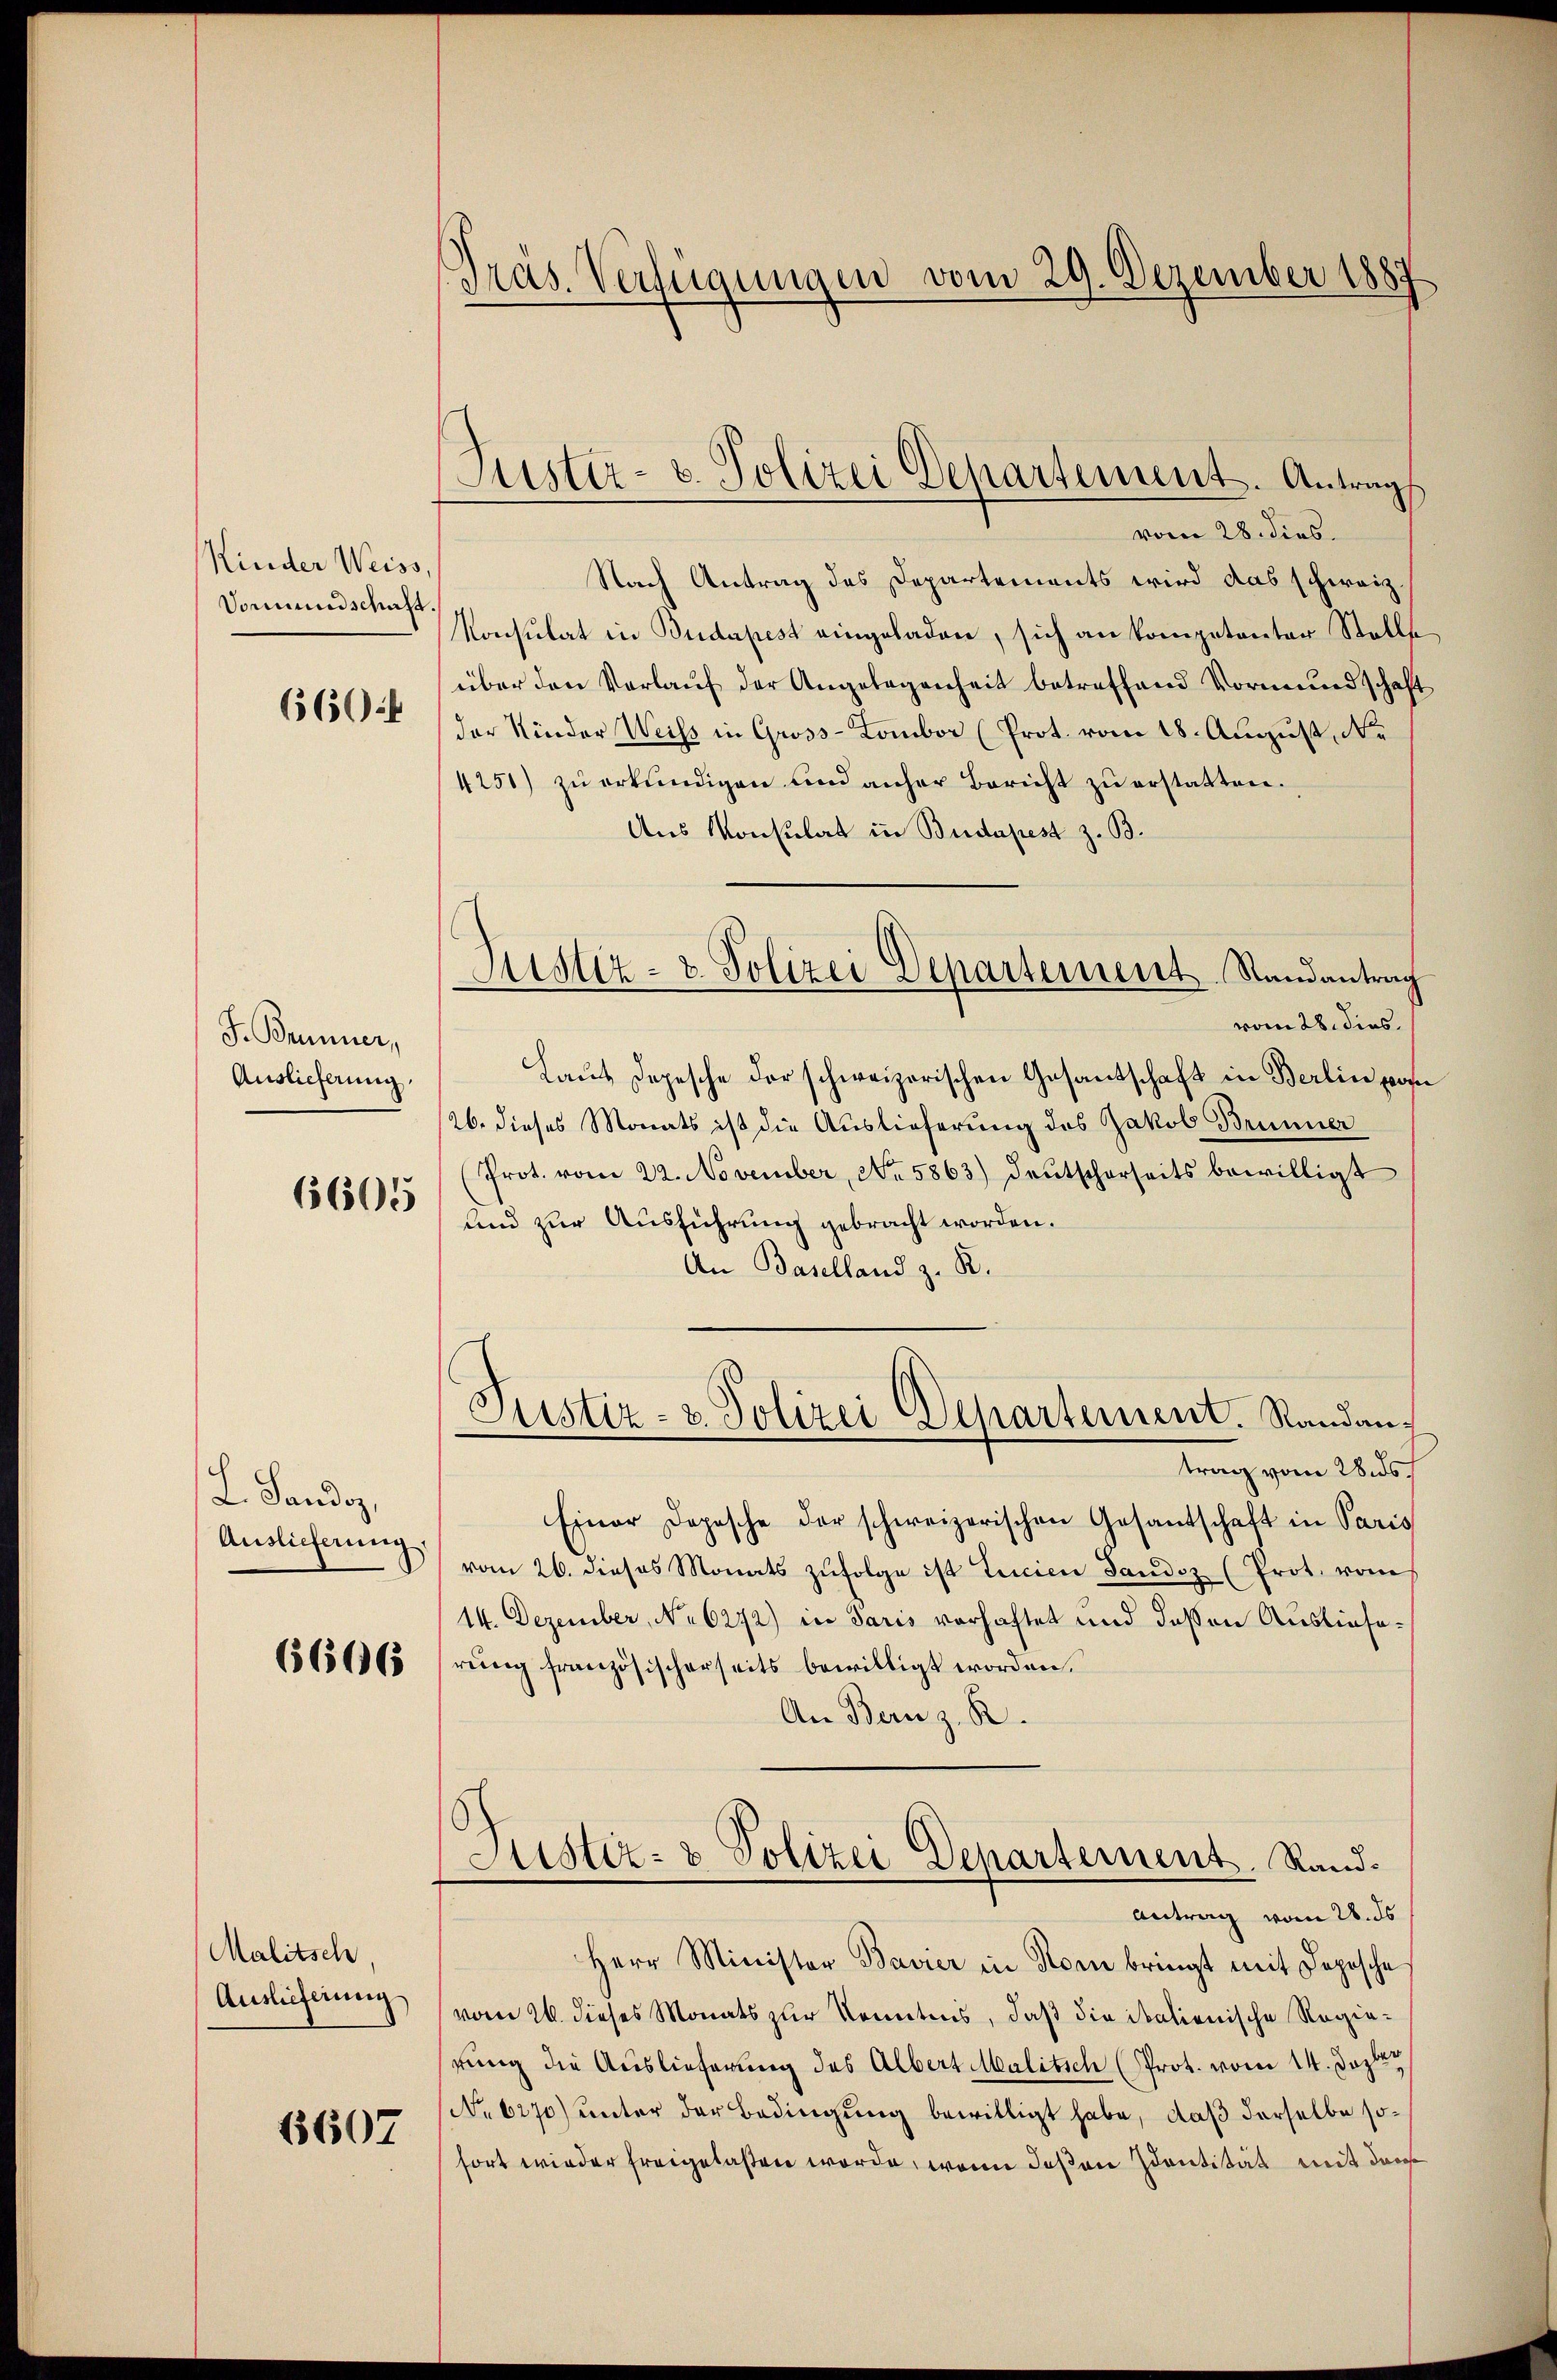
Kinder Weiss,
Vormundschaft.
660 f

J. Brunner,
Auslieferung.

6605

L. Sando,
Auslieferung,

6606

Malitsch,
Auslieferung

1607

Pras. Verfügungen vom 29. Dezember 1889

Nach Antrag des Departements wird das schweiz.
Konsulat in Budapest eingeladen, sich an kompetenter Stelle
über den Verlaŭf der Angelegenheit betreffend Vormundschaft
der Kinder Weiss in Gross-Kambor (Prot. vom 18. August, Ne
4251) zŭ erkundigen und anher Bericht zŭ erstatten.
Aus Konsulat in Budapest z. B.
vom 28. dies.
Laut Depesche der schweizerischen Gesantschaft in Berlin pos
26. dieses Monats ist die Auslieferung des Jakob Brünner
(Prot. vom 22. November, No. 5863) deutscherseits bewilligt
und zur Ausführung gebracht worden.
An Baselland z. R.
Justiz- & Polizei Departement. Randantrag vom 28s
Einer Dopische der schweizerischen Gesantschaft in Paris
vom 26. dieses Monats zŭfolge ist tacien Sandoz (Prot. vom
14. Dezember, No 6272) in Paris vorhaftet und deßen Auslieferung französischerseits bewilligt worden.
An Bern z. R.
Justiz- & Polizei Departement. Rand¬
Antrag vom 28. ds
Herr Minister Bavier in Rom bringt mit Depesche
vom 26. dieses Monats zur Kenntnis, daß die italienische Regierung die Auslieferung des Albert Malitsch (Prot. vom 14. Dezbr
No 6270) unter der Bedingung bewilligt habe, daß derselbe sofort wieder freigelaßen worde, wenn deßen Identität mit derse

Fister- u. Polizei Departement. Antrag.
vom 28. dies.

Sistiz- & Polizei Departement Randantrag